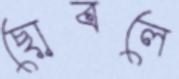
ছোবলে